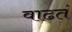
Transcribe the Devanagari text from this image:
वाढतं